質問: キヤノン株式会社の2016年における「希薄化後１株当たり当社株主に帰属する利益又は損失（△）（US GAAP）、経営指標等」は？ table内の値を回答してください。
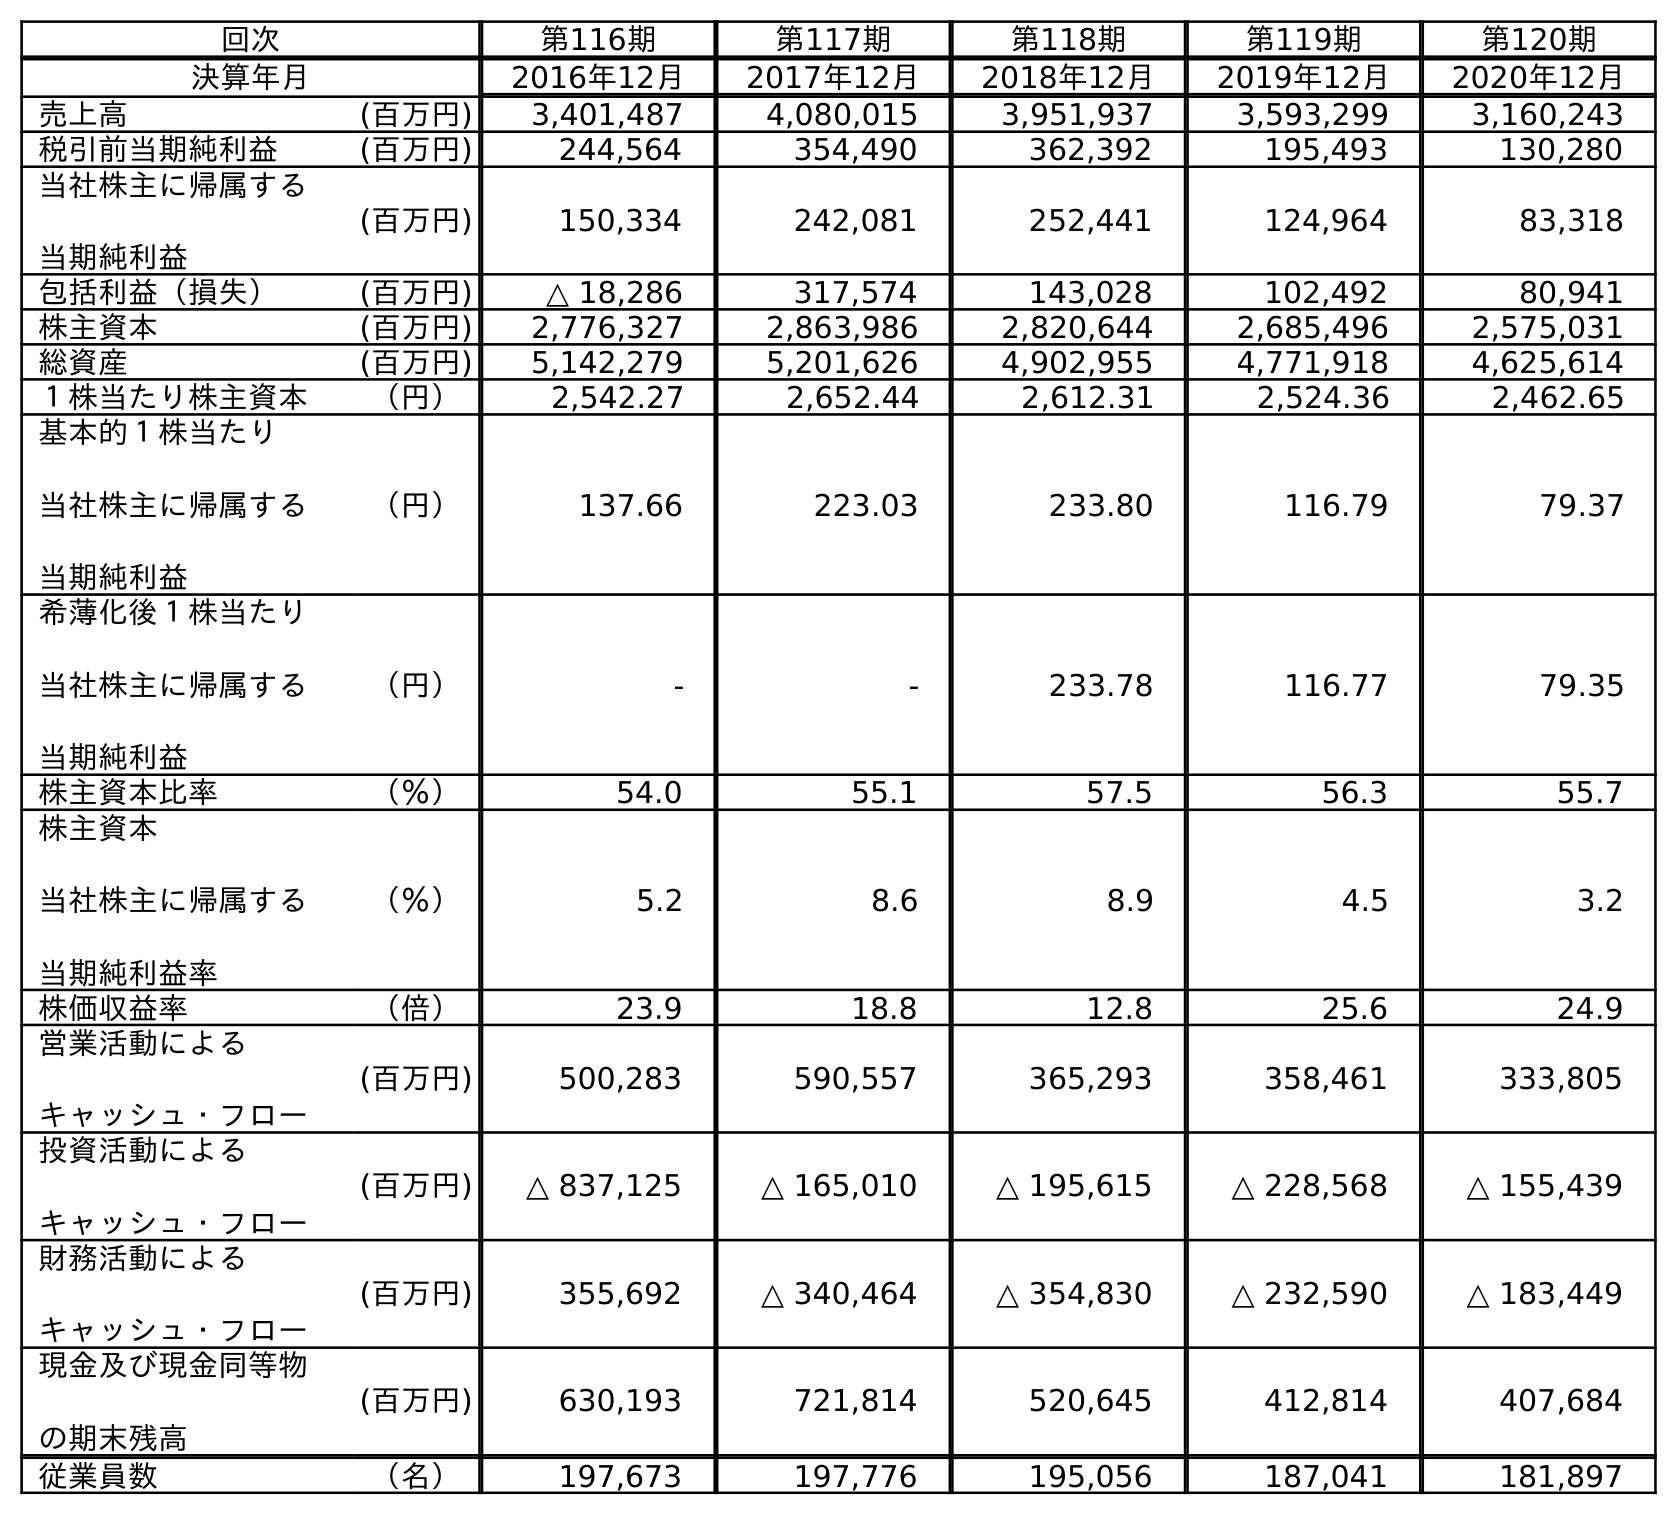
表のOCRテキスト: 回次 第116期 第117期 第118期 第119期 第120期 決算年月 2016年12月 2017年12月 2018年12月 2019年12月 2020年12月 売上高 (百万円) 3,401,487 4,080,015 3,951,937 3,593,299 3,160,243 税引前当期純利益 (百万円) 244,564 354,490 362,392 195,493 130,280 当社株主に帰属する 当期純利益 (百万円) 150,334 242,081 252,441 124,964 83,318 包括利益（損失） (百万円) △ 18,286 317,574 143,028 102,492 80,941 株主資本 (百万円) 2,776,327 2,863,986 2,820,644 2,685,496 2,575,031 総資産 (百万円) 5,142,279 5,201,626 4,902,955 4,771,918 4,625,614 １株当たり株主資本 （円） 2,542.27 2,652.44 2,612.31 2,524.36 2,462.65 基本的１株当たり 当社株主に帰属する 当期純利益 （円） 137.66 223.03 233.80 116.79 79.37 希薄化後１株当たり 当社株主に帰属する 当期純利益 （円） - - 233.78 116.77 79.35 株主資本比率 （％） 54.0 55.1 57.5 56.3 55.7 株主資本 当社株主に帰属する 当期純利益率 （％） 5.2 8.6 8.9 4.5 3.2 株価収益率 （倍） 23.9 18.8 12.8 25.6 24.9 営業活動による キャッシュ・フロー (百万円) 500,283 590,557 365,293 358,461 333,805 投資活動による キャッシュ・フロー (百万円) △ 837,125 △ 165,010 △ 195,615 △ 228,568 △ 155,439 財務活動による キャッシュ・フロー (百万円) 355,692 △ 340,464 △ 354,830 △ 232,590 △ 183,449 現金及び現金同等物 の期末残高 (百万円) 630,193 721,814 520,645 412,814 407,684 従業員数 （名） 197,673 197,776 195,056 187,041 181,897
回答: -